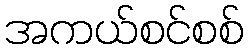
အကယ်စင်စစ်